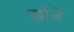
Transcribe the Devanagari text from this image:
खोंजें